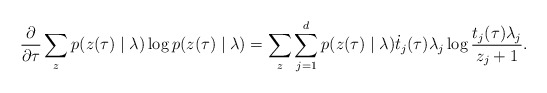
\begin{align*}\frac{\partial}{\partial \tau} & \sum_z p (z(\tau)\mid\lambda) \log p (z(\tau) \mid \lambda)= \sum_z \sum^d_{j=1} p ( z (\tau) \mid \lambda ) \dot{t}_j(\tau)\lambda_j \log \frac{t_j (\tau) \lambda_j}{z_j + 1}. \end{align*}